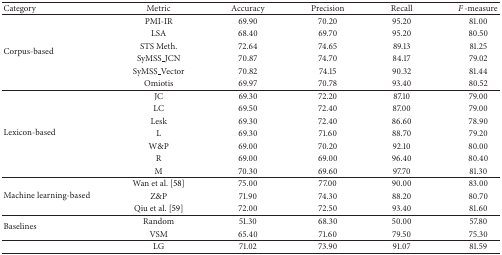
<table><thead><tr><td><b>Category</b></td><td><b>Metric</b></td><td><b>Accuracy</b></td><td><b>Precision</b></td><td><b>Recall</b></td><td><b><i>F</i>-measure</b></td></tr></thead><tbody><tr><td rowspan="6">Corpus-based</td><td>PMI-IR</td><td>69.90</td><td>70.20</td><td>95.20</td><td>81.00</td></tr><tr><td>LSA</td><td>68.40</td><td>69.70</td><td>95.20</td><td>80.50</td></tr><tr><td>STS Meth.</td><td>72.64</td><td>74.65</td><td>89.13</td><td>81.25</td></tr><tr><td>SyMSS_JCN</td><td>70.87</td><td>74.70</td><td>84.17</td><td>79.02</td></tr><tr><td>SyMSS_Vector</td><td>70.82</td><td>74.15</td><td>90.32</td><td>81.44</td></tr><tr><td>Omiotis</td><td>69.97</td><td>70.78</td><td>93.40</td><td>80.52</td></tr><tr><td rowspan="7">Lexicon-based</td><td>JC</td><td>69.30</td><td>72.20</td><td>87.10</td><td>79.00</td></tr><tr><td>LC</td><td>69.50</td><td>72.40</td><td>87.00</td><td>79.00</td></tr><tr><td>Lesk</td><td>69.30</td><td>72.40</td><td>86.60</td><td>78.90</td></tr><tr><td>L</td><td>69.30</td><td>71.60</td><td>88.70</td><td>79.20</td></tr><tr><td>W&amp;P</td><td>69.00</td><td>70.20</td><td>92.10</td><td>80.00</td></tr><tr><td>R</td><td>69.00</td><td>69.00</td><td>96.40</td><td>80.40</td></tr><tr><td>M</td><td>70.30</td><td>69.60</td><td>97.70</td><td>81.30</td></tr><tr><td rowspan="3">Machine learning-based</td><td>Wan et al. [58]</td><td>75.00</td><td>77.00</td><td>90.00</td><td>83.00</td></tr><tr><td>Z&amp;P</td><td>71.90</td><td>74.30</td><td>88.20</td><td>80.70</td></tr><tr><td>Qiu et al. [59]</td><td>72.00</td><td>72.50</td><td>93.40</td><td>81.60</td></tr><tr><td rowspan="2">Baselines</td><td>Random</td><td>51.30</td><td>68.30</td><td>50.00</td><td>57.80</td></tr><tr><td>VSM</td><td>65.40</td><td>71.60</td><td>79.50</td><td>75.30</td></tr><tr><td> </td><td>LG</td><td>71.02</td><td>73.90</td><td>91.07</td><td>81.59</td></tr></tbody></table>